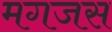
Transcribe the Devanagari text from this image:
मगजस